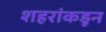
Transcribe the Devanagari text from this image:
शहरांकडून